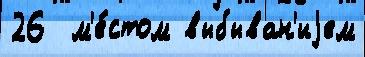
26  м'е́стом выбыван'иjем